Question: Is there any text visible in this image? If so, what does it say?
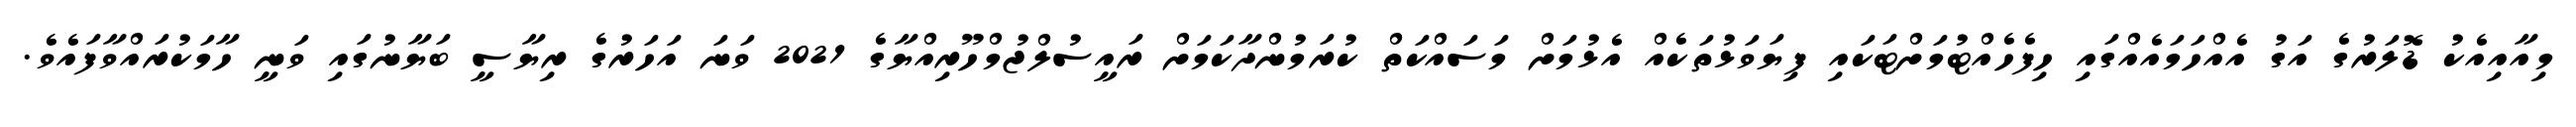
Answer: މިއާއިއެކު ޑޮލަރުގެ އަގު އެއްހަމައެއްގައި ހިފެހެއްޓުމަށްޓަކައި ފިޔަވަޅުތަކެއް އެޅުމަށް މަސައްކަތް ކުރަމުންދާކަމަށް ރައީސުލްޖުމްހޫރިއްޔާގެ 2021 ވަނަ އަހަރުގެ ރިޔާސީ ބަޔާނުގައި ވަނީ ހާމަކުރައްވާފައެވެ.